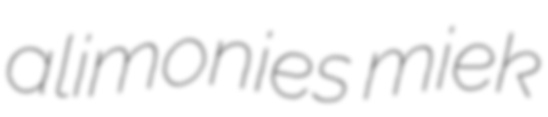
alimonies miek